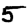
Digit: 5